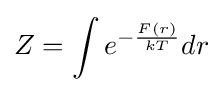
Z=\int e^{-{\frac {F(r)}{kT}}}dr